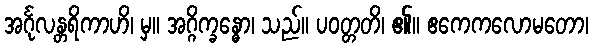
အင်္ဂုလန္တရိကာဟိ၊ မှ။ အဂ္ဂိက္ခန္ဓော၊ သည်။ ပဝတ္တတိ၊ ၏။ ဧကေကလောမတော၊